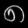
Digit: ၈